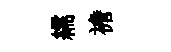
繻襜